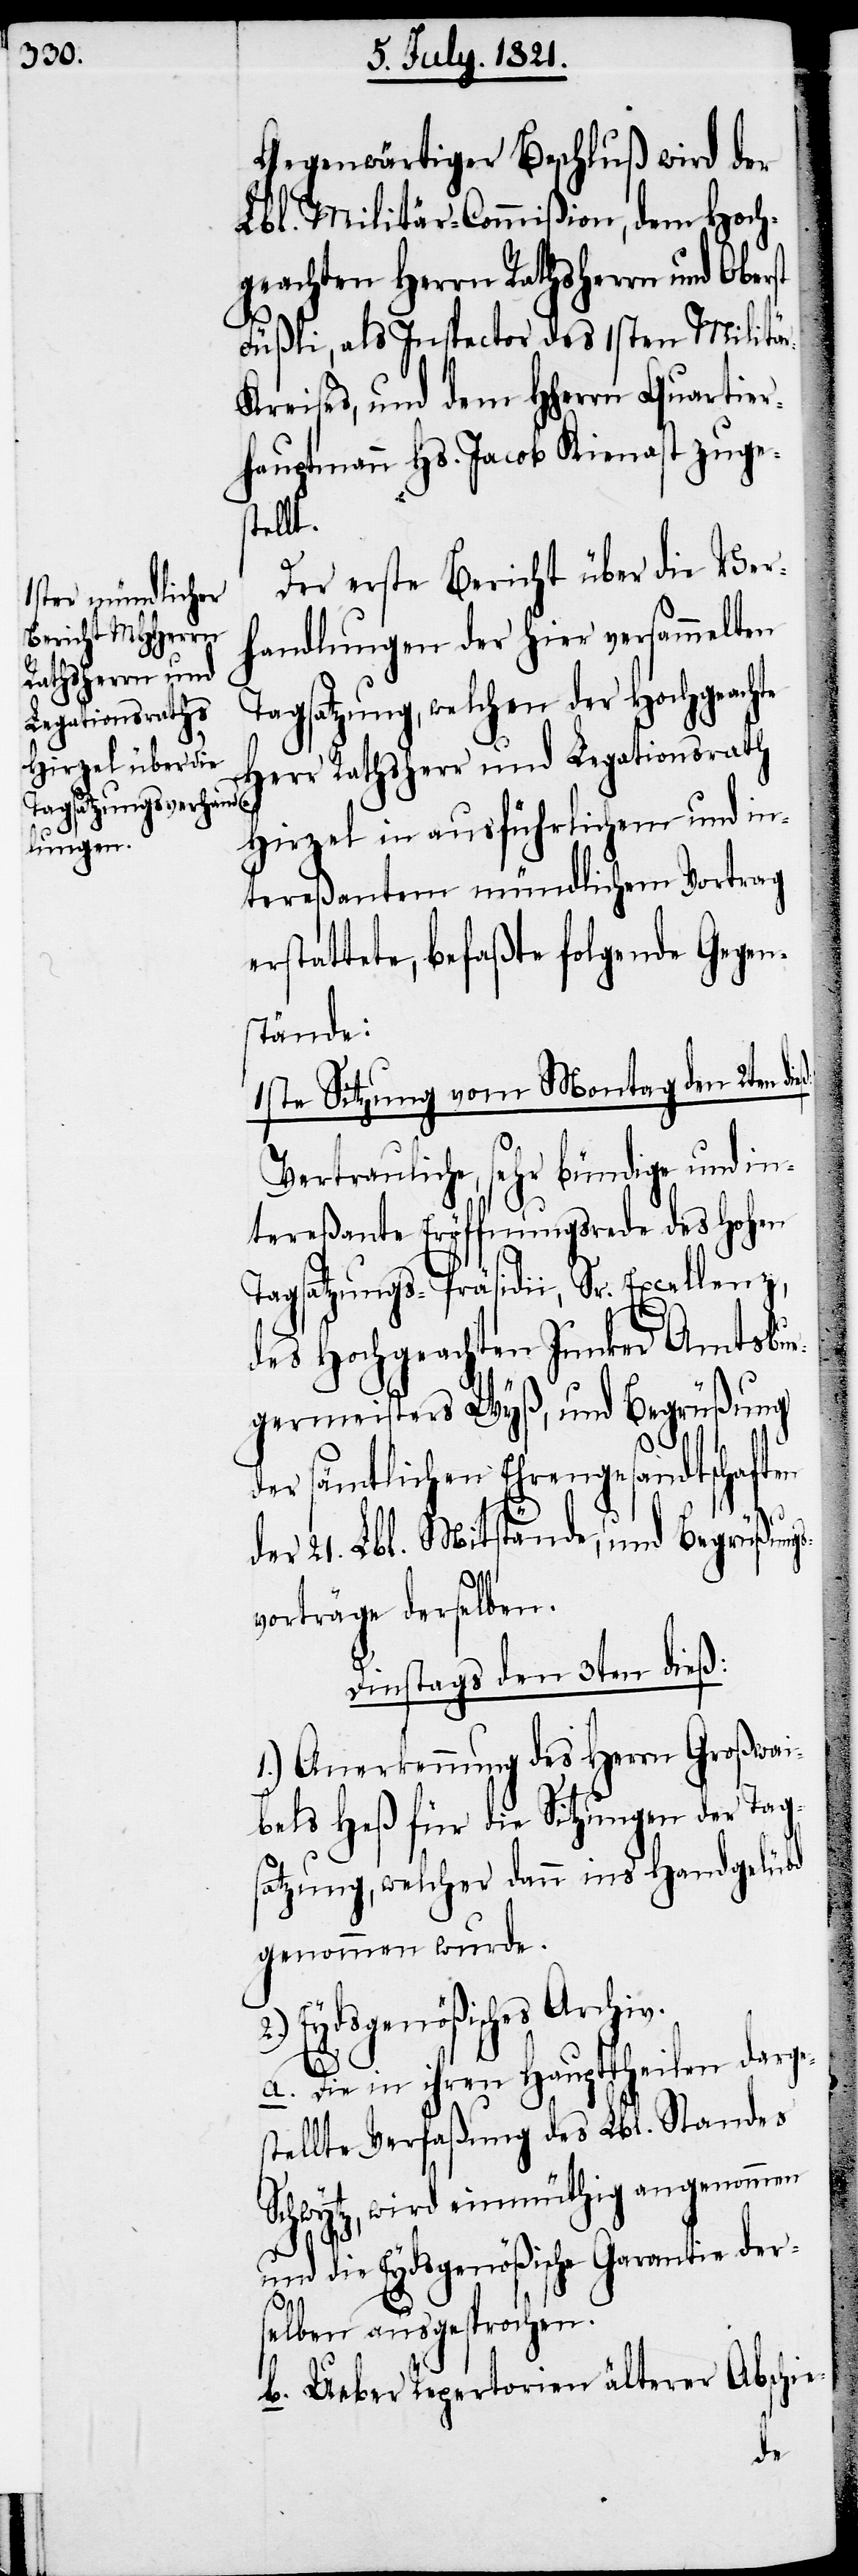
Gegenwärtiger Beschluß wird der
Lbl. Militär-Commißion, dem Hoch¬
geachten Herrn Rathsherrn und Ober¬
st
Füßli, als Inspector des 1sten Militä¬
r-Kreises, und dem HHerrn Quartier¬
hauptmann Hs. Jacob Kienast zuge¬
stellt.
Der erste Bericht über die Ver¬
handlungen der hier versammelten
Tagsatzung, welchen der Hochgeachte
Herr Rathsherr und Legationsrath
Hirzel in ausführlichem mündlichen
erstattete, befaßte folgende Gegen¬
stände:
1ste Sitzung vom Montag den 2ten
Vertrauliche, sehr bündige und in¬
tereßante Eröffnungsrede des hohen
Tagsatzungs-Präsidii, Sr. Excellenz,
des Hochgeachten Junker Amtsbur¬
germeisters Wyß, und Begrüßung
der sämtlichen Ehrengesandtschaft¬
en
der 21. Lbl. Mitstände, und Begrüßungs¬
vorträge derselben.
Dinstags den 3ten dieß:
1.) Anerkennung des Herrn Großwai¬
bels Heß für die Sitzungen der Tags¬
atzung, welcher dann ins Handgelübd
genommen wurde.
Eydsgenößisches Archiv.
a. Die in ihren Haupttheilen darge¬
stellte Verfaßung des Lbl. Standes
Schwytz, wird einmüthig angenommen
und die Eydsgenößische Garantie ders¬
elben ausgesprochen.
b. Ueber Repertorien älterer Abschie-